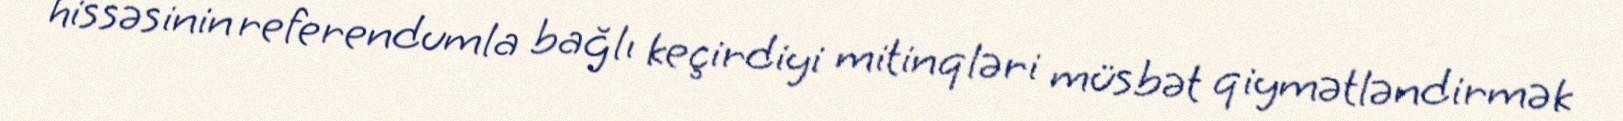
hissəsinin referendumla bağlı keçirdiyi mitinqləri müsbət qiymətləndirmək